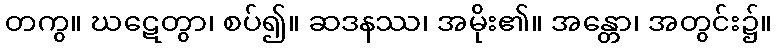
တကွ။ ဃဋေတွာ၊ စပ်၍။ ဆဒနဿ၊ အမိုး၏။ အန္တော၊ အတွင်း၌။